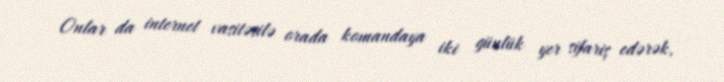
Onlar da internet vasitəsilə orada komandaya iki günlük yer sifariş edərək,